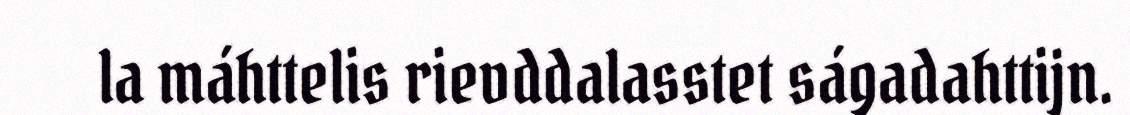
la máhttelis rievddalasstet ságadahttijn.